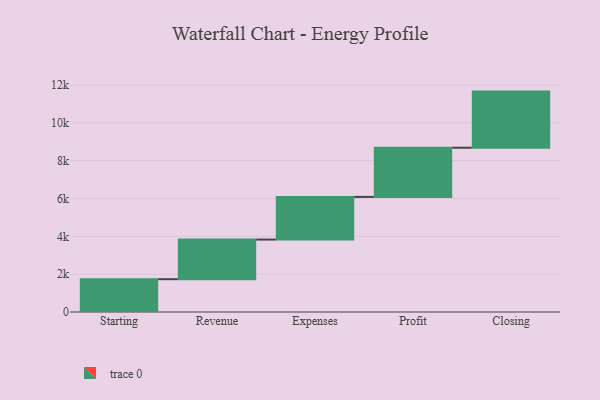
{"axis": {"x": "Step", "y": "Value"}, "legend": [""], "data": [{"x": "Starting", "y": 1734.0, "type": ""}, {"x": "Revenue", "y": 2095.0, "type": ""}, {"x": "Expenses", "y": 2255.0, "type": ""}, {"x": "Profit", "y": 2599.0, "type": ""}, {"x": "Closing", "y": 2966.0, "type": ""}]}